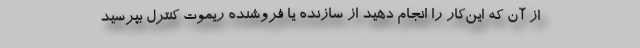
از آن که این‌کار را انجام دهید از سازنده یا فروشنده ریموت کنترل بپرسید